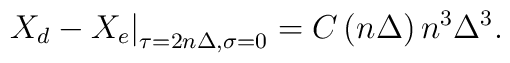
\left. X_d-X_e\right| _{\tau =2n\Delta ,\sigma =0}=C\left( n\Delta \right)n^3\Delta ^3.